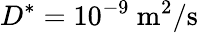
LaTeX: D^{*}=10^{-9}~\mathrm{m^{2}/s}